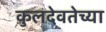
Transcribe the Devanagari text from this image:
कुलदेवतेच्या